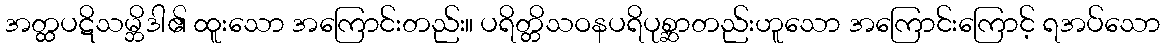
အတ္ထပဋိသမ္ဘိဒါ၏ ထူးသော အကြောင်းတည်း။ ပရိတ္တိသဝနပရိပုစ္ဆာတည်းဟူသော အကြောင်းကြောင့် ရအပ်သော